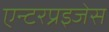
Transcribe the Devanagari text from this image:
एन्टरप्रइजेस